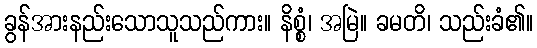
ခွန်အားနည်းသောသူသည်ကား။ နိစ္စံ၊ အမြဲ။ ခမတိ၊ သည်းခံ၏။